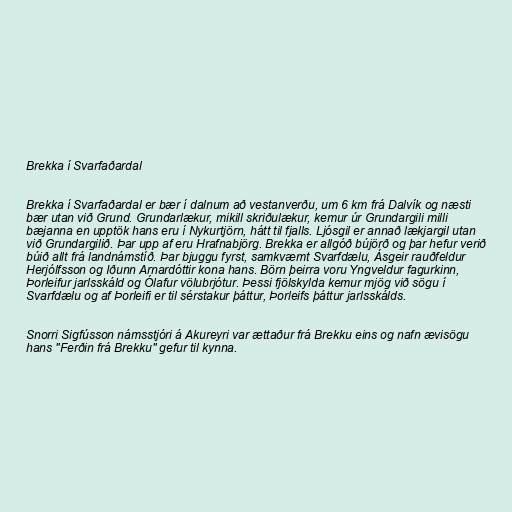
Brekka í Svarfaðardal

Brekka í Svarfaðardal er bær í dalnum að vestanverðu, um 6 km frá Dalvík og næsti
bær utan við Grund. Grundarlækur, mikill skriðulækur, kemur úr Grundargili milli
bæjanna en upptök hans eru í Nykurtjörn, hátt til fjalls. Ljósgil er annað lækjargil utan
við Grundargilið. Þar upp af eru Hrafnabjörg. Brekka er allgóð bújörð og þar hefur verið
búið allt frá landnámstíð. Þar bjuggu fyrst, samkvæmt Svarfdælu, Ásgeir rauðfeldur
Herjólfsson og Iðunn Arnardóttir kona hans. Börn þeirra voru Yngveldur fagurkinn,
Þorleifur jarlsskáld og Ólafur völubrjótur. Þessi fjölskylda kemur mjög við sögu í
Svarfdælu og af Þorleifi er til sérstakur þáttur, Þorleifs þáttur jarlsskálds.

Snorri Sigfússon námsstjóri á Akureyri var ættaður frá Brekku eins og nafn ævisögu
hans "Ferðin frá Brekku" gefur til kynna.